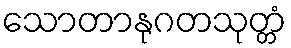
သောတာနုဂတသုတ္တံ